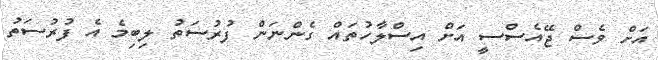
އަށް ވެސް ޖޭއެސްސީ އަށް އިސްލާހުތައް ގެންނަން ފުރުސަތު ލިބިމެ އެ ފުރުސަތު